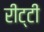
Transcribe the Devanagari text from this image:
रीट्टी